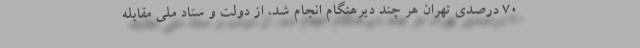
۷۰ درصدی تهران هر چند دیرهنگام انجام شد،‌ از دولت و ستاد ملی مقابله